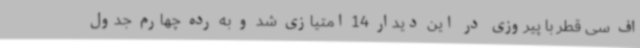
اف سی قطر با پیروزی در این دیدار 14 امتیازی شد و به رده چهارم جدول